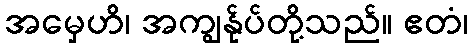
အမှေဟိ၊ အကျွန်ုပ်တို့သည်။ ဧတံ၊